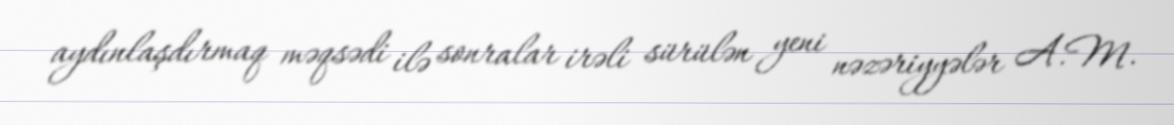
aydınlaşdırmaq məqsədi ilə sonralar irəli sürülən yeni nəzəriyyələr A.M.